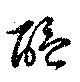
醞